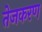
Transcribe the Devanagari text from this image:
तेजकरण